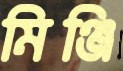
মিঞ্জি